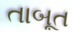
તાબૂત